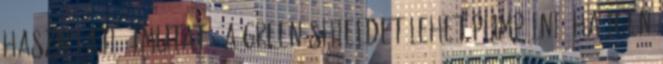
használati útmutató” A green shieldet lehet pumpálni? ha igen